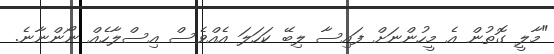
"މާލީ ގޮތުން އެ މީހުންނަށް ފައިސާ ލިބޭ ކަހަލަ އެއްވެސް އިސްލާހެއް ނޯންނާނެ.